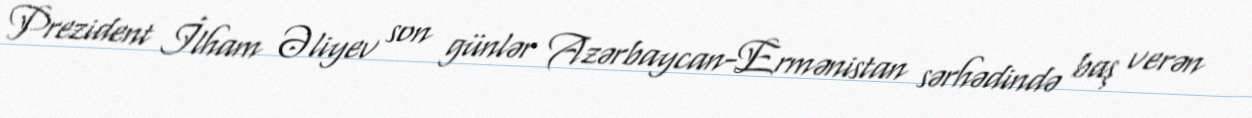
Prezident İlham Əliyev son günlər Azərbaycan-Ermənistan sərhədində baş verən